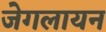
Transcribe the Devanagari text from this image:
जेगलायन